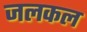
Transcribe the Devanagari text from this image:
जलकल